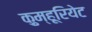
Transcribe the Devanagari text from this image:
क़ुम्हूरियेट